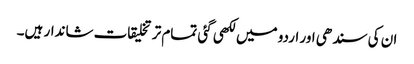
ان کی سندھی اور اردو میں لکھی گئی تمام تر تخلیقات شاندار ہیں۔